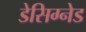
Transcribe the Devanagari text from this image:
डेसिग्नेड